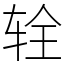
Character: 辁